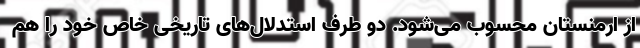
از ارمنستان محسوب می‌شود. دو طرف استدلال‌های تاریخی خاص خود را هم